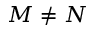
M \ne N